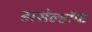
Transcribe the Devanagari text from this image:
डासेल्डॉर्फ